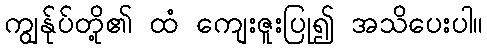
ကျွန်ုပ်တို့၏ ထံ ကျေးဇူးပြု၍ အသိပေးပါ။